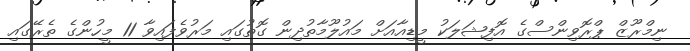
ނިމްރޫޒް ޕްރޮވިންސްގެ އޮފިޝަލަކު މީޑިއާއަށް މައުލޫމާތުދިން ގޮތުގައި މަރުވެފައިވާ 11 މީހުންގެ ތެރޭގައި